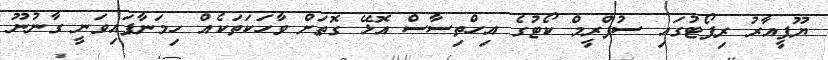
ޔޫޕީއާރު ރިޕޯޓުގައި ސުޕްރީމް ކޯޓުގެ އިހްތިސާސް އޮޅޭ ގޮތަށް ވާހަކަތަކެއް ހިމަނާފައިވަނީ ގާނުނޫ